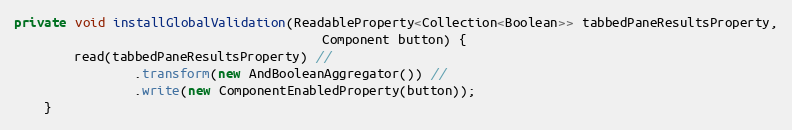
Language: Java
private void installGlobalValidation(ReadableProperty<Collection<Boolean>> tabbedPaneResultsProperty,
                                         Component button) {
        read(tabbedPaneResultsProperty) //
                .transform(new AndBooleanAggregator()) //
                .write(new ComponentEnabledProperty(button));
    }